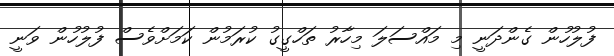
ފުލުހުން ގެންދަނީ މި މައްސަލަ މިހާރު ތަހްގީގު ކުރަމުން ކަމަށްވެސް ފުލުހުން ވަނީ